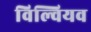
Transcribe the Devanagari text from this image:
विल्वियव